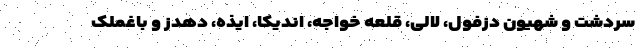
سردشت و شهیون دزفول، لالی، قلعه خواجه، اندیکا، ایذه، دهدز و باغملک